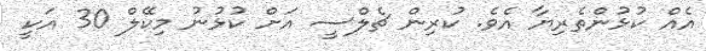
އެއް ކުޅުންތެރިޔާ އެވެ. ކުރިން ޗެލްސީ އަށް ކުޅުނު މިކޭލް 30 އަކީ